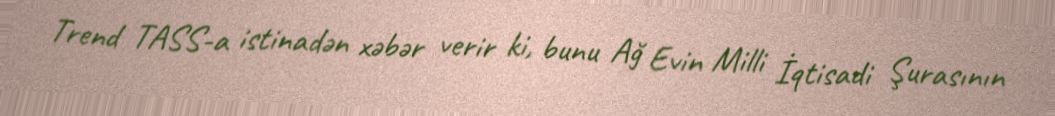
Trend TASS-a istinadən xəbər verir ki, bunu Ağ Evin Milli İqtisadi Şurasının